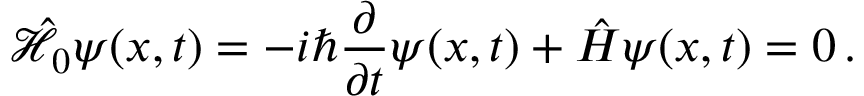
\hat { \mathcal { H } } _ { 0 } \psi ( x , t ) = - i \hbar \frac { \partial } { \partial t } \psi ( x , t ) + \hat { H } \psi ( x , t ) = 0 \, .